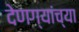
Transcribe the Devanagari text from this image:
देणग्यांच्या